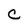
Character: C